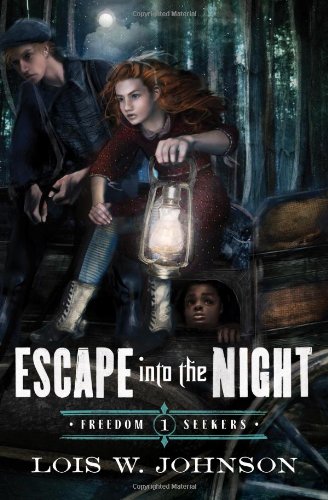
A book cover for Escape Into the Night (Freedom Seekers); Lois Walfrid Johnson; Children's Books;